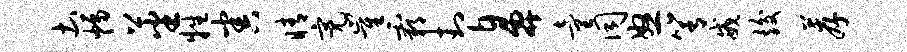
土幅蕃牲害睛亮崔霸封鼻童同怒箐戒竣荐